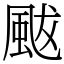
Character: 颰